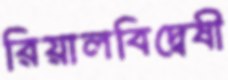
রিয়ালবিদ্বেষী